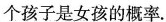
个孩子是女孩的概率.